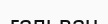
гальван